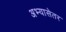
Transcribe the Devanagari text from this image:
अभ्यासेतर